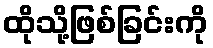
ထိုသို့ဖြစ်ခြင်းကို